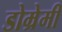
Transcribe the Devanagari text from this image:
डोम्रेमी